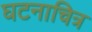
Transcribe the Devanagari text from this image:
घटनाचित्र